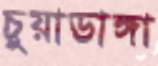
চুয়াডাঙ্গা